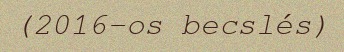
(2016-os becslés)